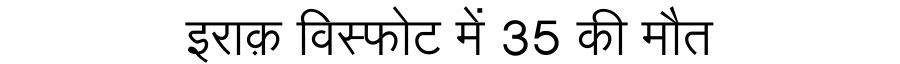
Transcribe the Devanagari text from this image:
इराक़ विस्फोट में 35 की मौत